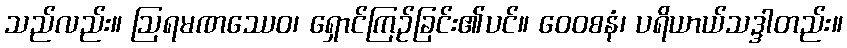
သည်လည်း။ ဩရမဏဿေဝ၊ ရှောင်ကြဉ်ခြင်း၏ပင်။ ဝေဝစနံ၊ ပရိယာယ်သဒ္ဒါတည်း။